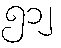
၅၁၂